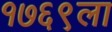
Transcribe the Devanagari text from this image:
१७६९ला